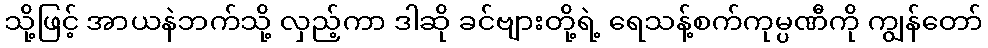
သို့ဖြင့် အာယနဲဘက်သို့ လှည့်ကာ ဒါဆို ခင်ဗျားတို့ရဲ့ ရေသန့်စက်ကုမ္ပဏီကို ကျွန်တော်